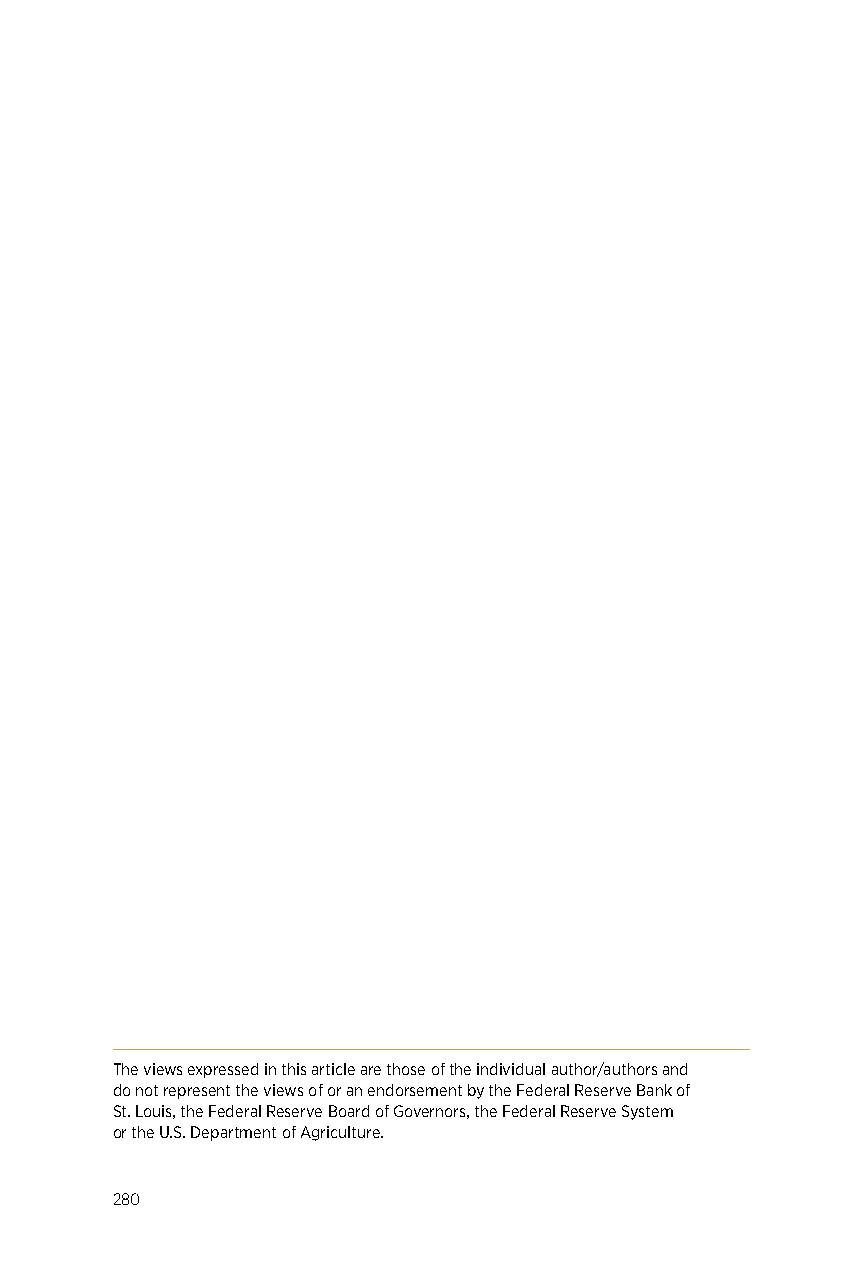
The views expressed in this article are those of the individual author/authors and
 do not represent the views of or an endorsement by the Federal Reserve Bank of
 St. Louis, the Federal Reserve Board of Governors, the Federal Reserve System
 or the U.S. Department of Agriculture.
 280